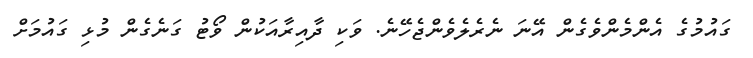
ގައުމުގެ އެންމެންވެގެން އޭނަ ނެރެލެވެންޖެހޭނެ. ވަކި ދާއިރާއަކުން ވޯޓު ގަނެގެން މުޅި ގައުމަށް